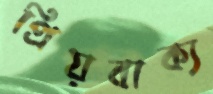
প্রিয়বাক্য